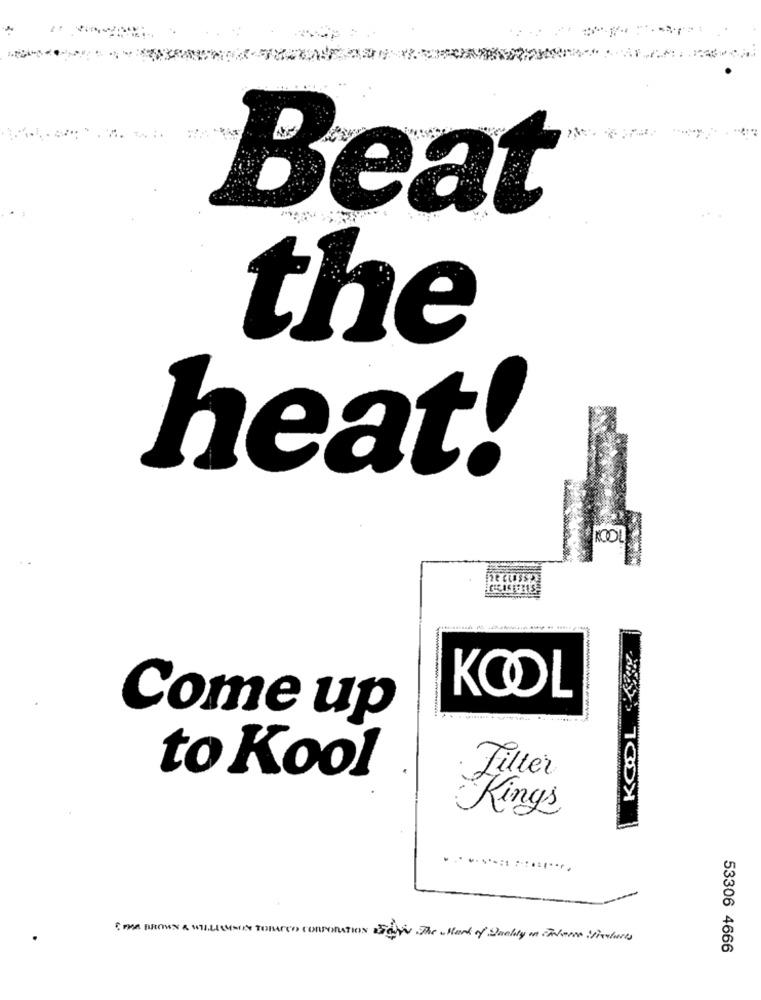
Beat
the
heat!
KOOL
KOOL
Come up
to Kool
Filler
Kings
[ PAR BROWN & WILLIAMSIN TOBACCO CORPORATION EGY The Mark of Quality in FAders restarts
53306 4666